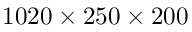
1 0 2 0 \times 2 5 0 \times 2 0 0